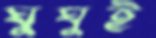
ঘুঘুই